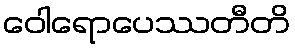
ဝေါရောပေဿတီတိ